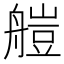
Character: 𦩴